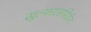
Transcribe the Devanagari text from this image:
ख़ुल्फ़ाएराशिदीन